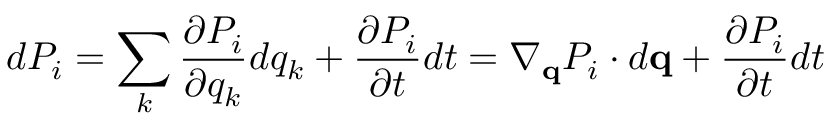
d P _ { i } = \sum _ { k } \frac { \partial P _ { i } } { \partial q _ { k } } d q _ { k } + \frac { \partial P _ { i } } { \partial t } d t = \nabla _ { \mathbf { q } } P _ { i } \cdot d \mathbf { q } + \frac { \partial P _ { i } } { \partial t } d t